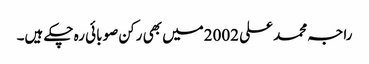
راجہ محمد علی 2002میں بھی رکن صوبائی رہ چکے ہیں۔